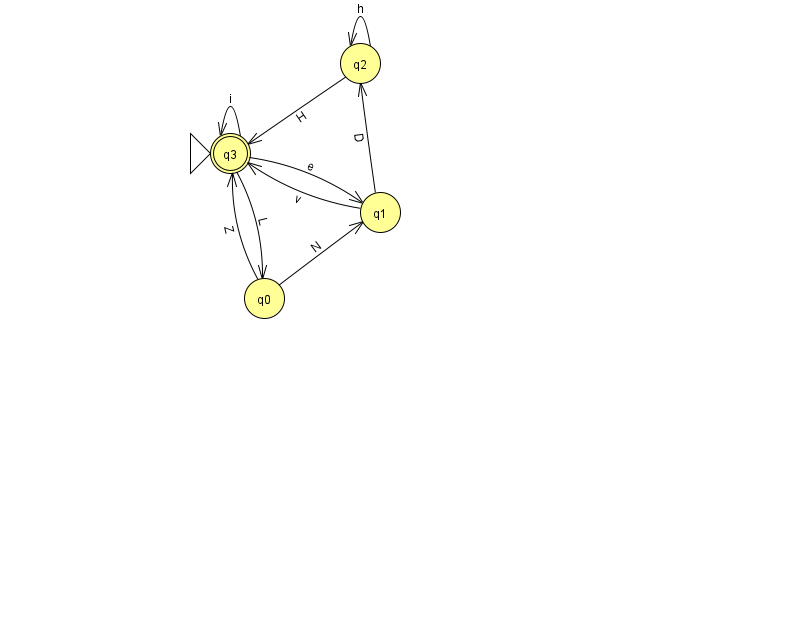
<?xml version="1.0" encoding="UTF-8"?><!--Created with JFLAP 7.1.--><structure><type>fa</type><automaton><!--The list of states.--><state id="0" name="q0"><x>264.0</x><y>285.0</y></state><state id="1" name="q1"><x>380.0</x><y>199.0</y></state><state id="2" name="q2"><x>360.0</x><y>50.0</y></state><state id="3" name="q3"><x>230.0</x><y>140.0</y><initial/><final/></state><!--The list of transitions.--><transition><from>0</from><to>3</to><read>Z</read></transition><transition><from>3</from><to>0</to><read>L</read></transition><transition><from>0</from><to>1</to><read>N</read></transition><transition><from>1</from><to>3</to><read>v</read></transition><transition><from>2</from><to>2</to><read>h</read></transition><transition><from>3</from><to>3</to><read>i</read></transition><transition><from>3</from><to>1</to><read>e</read></transition><transition><from>2</from><to>3</to><read>H</read></transition><transition><from>1</from><to>2</to><read>D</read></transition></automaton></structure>